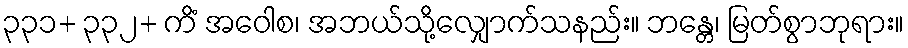
၃၃၁+ ၃၃၂+ ကိံ အဝေါစ၊ အဘယ်သို့လျှောက်သနည်း။ ဘန္တေ၊ မြတ်စွာဘုရား။